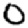
Digit: 0